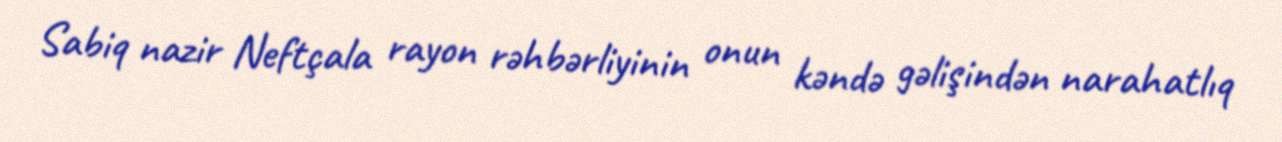
Sabiq nazir Neftçala rayon rəhbərliyinin onun kəndə gəlişindən narahatlıq